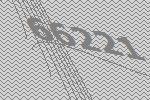
66221